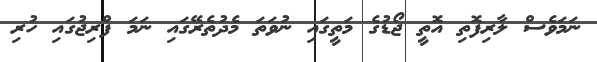
ނަމަވެސް ލާރިފޮތި އޮތީ ޖޯޑުގެ މަތީގައި ނުވަތަ މެދުތެރޭގައި ނަމަ ފްރިޖުގައި ހުރި